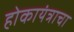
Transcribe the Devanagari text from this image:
होकायंत्राचा